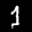
Label: 1